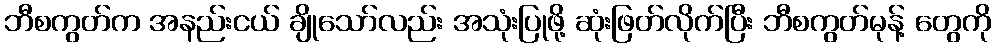
ဘီစကွတ်က အနည်းငယ် ချိုသော်လည်း အသုံးပြုဖို့ ဆုံးဖြတ်လိုက်ပြီး ဘီစကွတ်မုန့် တွေကို